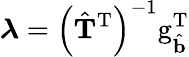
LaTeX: \boldsymbol{\lambda}=\left(\hat{\mathbf{T}}^{\mathrm{T}}\right)^{-1}\mathrm{g}_{\hat{\mathbf{b}}}^{\mathrm{T}}